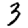
Digit: 3